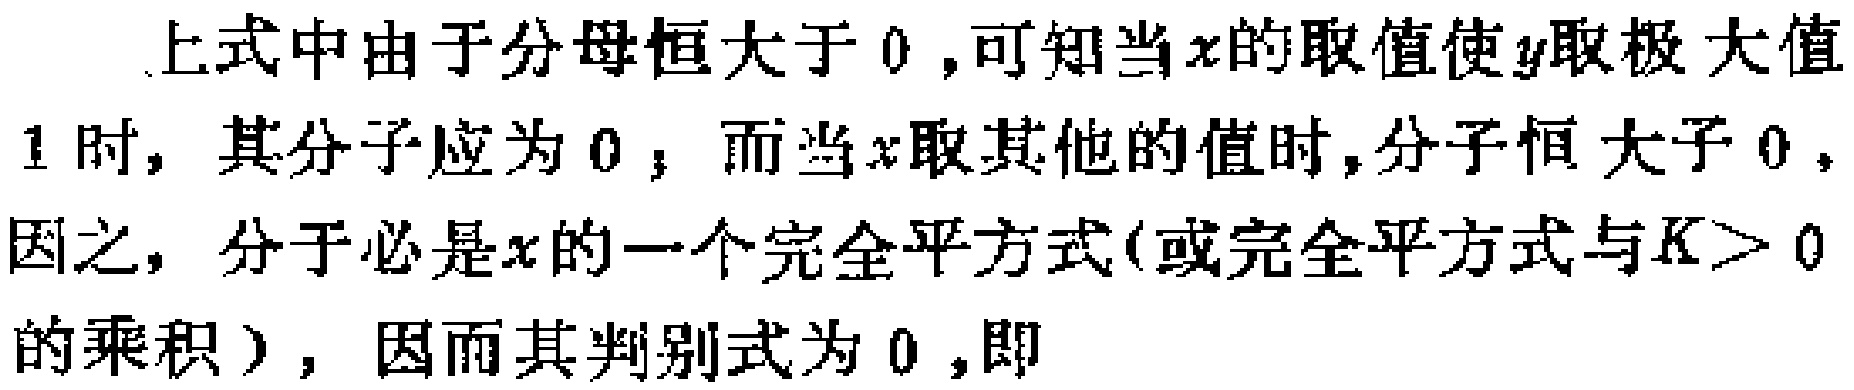
上式中由于分母恒大于 \(0\)，可知当 \(x\) 的取值使 \(y\)取极大值
1 时，其分子应为 \(0\)；而当 \(x\)取其他的值时，分子恒大于 \(0\)，
因之，分子必是\(x\)的一个完全平方式(或完全平方式与\(K > 0\)
的乘积），因而其判别式为 \(0\)，即